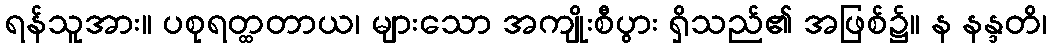
ရန်သူအား။ ပစုရတ္ထတာယ၊ များသော အကျိုးစီပွား ရှိသည်၏ အဖြစ်၌။ န နန္ဒတိ၊